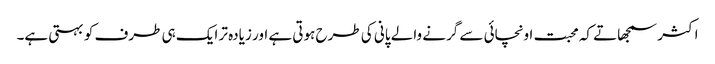
اکثر سمجھاتے کہ محبت اونچائی سے گرنے والے پانی کی طرح ہوتی ہے اور زیادہ تر ایک ہی طرف کو بہتی ہے۔